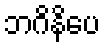
ဘဂိနိပေ